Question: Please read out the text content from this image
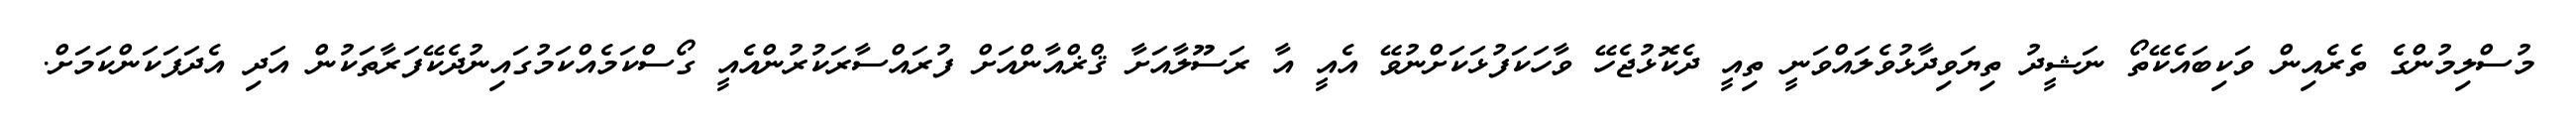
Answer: މުސްލިމުންގެ ތެރެއިން ވަކިބައެކޭތޯ ނަޝީދު ތިޔަވިދާޅުވެލައްވަނީ ތިއީ ދެކޮޅުޖެހޭ ވާހަކަފުޅަކަށްނުވޭ އެއީ އާ ރަސޫލާއަށާ ޤްޜްއާންއަށް ފުރައްސާރަކުރުންއެއީ ގޯސްކަމެއްކަމުގައިނުދެކޭފަރާތަކުން އަދި އެދަފަކަންކަމަށް.